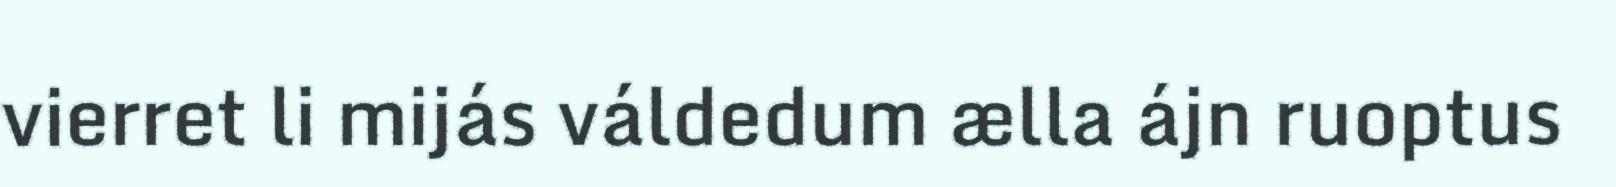
vierret li mijás váldedum ælla ájn ruoptus